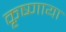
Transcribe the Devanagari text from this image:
कृष्णाया